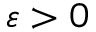
\varepsilon > 0